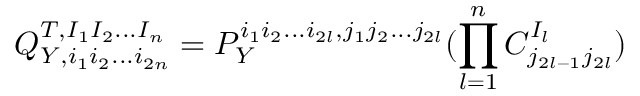
Q _ { Y , i _ { 1 } i _ { 2 } . . . i _ { 2 n } } ^ { T , I _ { 1 } I _ { 2 } . . . I _ { n } } = P _ { Y } ^ { i _ { 1 } i _ { 2 } . . . i _ { 2 l } , j _ { 1 } j _ { 2 } . . . j _ { 2 l } } ( \prod _ { l = 1 } ^ { n } C _ { j _ { 2 l - 1 } j _ { 2 l } } ^ { I _ { l } } )